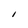
Character: I